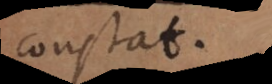
constat.